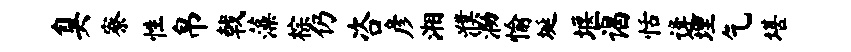
臭寮性帛戟藻棕仍咨彦湘濮泐愉埏堰谒恬逄埋乞堪